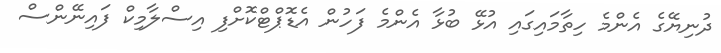
ދުނިޔޭގެ އެންމެ ހިތާމައިގައި އުޅޭ ބުޅާ އެންމެ ފަހުން އެޑޮޕްޓްކޮށްފި އިސްލާމިކް ފައިނޭންސް